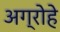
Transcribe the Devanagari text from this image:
अग्रोहे